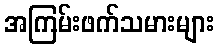
အကြမ်းဖက်သမားများ